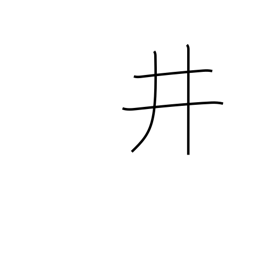
Meaning: well crib